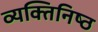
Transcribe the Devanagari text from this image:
व्यक्‍तिनिष्‍ठ